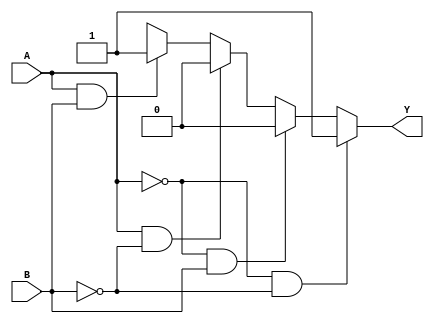
module combinational_logic (
    input wire A,      // Input A
    input wire B,      // Input B
    output wire Y      // Output Y
);

// Define the output logic using case statement to consider Don't Care conditions
assign Y = (A == 1'b0 && B == 1'b0) ? 1'b1 :  // Case for 00, output is 1
           (A == 1'b0 && B == 1'b1) ? 1'b0 :  // Case for 01, output is 0
           (A == 1'b1 && B == 1'b0) ? 1'b0 :  // Case for 10, output is 0
           (A == 1'b1 && B == 1'b1) ? 1'b1 :  // Case for 11, output is 1
           1'bx; // Don't Care, output can be either 0 or 1

endmodule